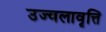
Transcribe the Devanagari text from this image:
उज्वलावृत्ति